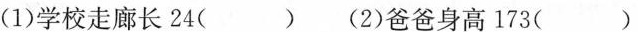
(1)学校走廊长24( )(2)爸爸身高173( )